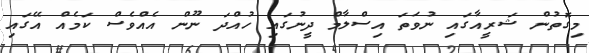
މިގޮތުން ޝަރީއާގައި ނުވަތަ އިސްލާމް ދީނުގައި ހުއްދަ ނޫން އެއްވެސް ކަމެއް އޭގައި